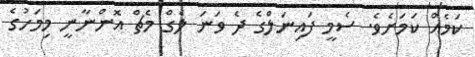
ކަމެއް ކަމަށެވެ. ސެމީ ފައިނަލްގެ ދެ ވަނަ ލެގް މެޗް އޮންނާނީ މިމަހުގެ